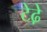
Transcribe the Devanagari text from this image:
टेढे़